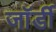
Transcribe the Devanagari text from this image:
जॉर्डी